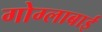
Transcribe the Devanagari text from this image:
गोग्लाबाई